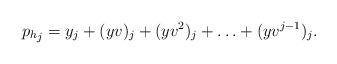
LaTeX: \begin{align*} {p_h}_j=y_j+(yv)_j+(yv^2)_j+\ldots+(yv^{j-1})_j.\end{align*}